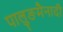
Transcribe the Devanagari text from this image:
पालुङमैनादी